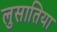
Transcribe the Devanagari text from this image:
लुसातिया